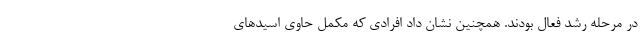
در مرحله رشد فعال بودند. همچنین نشان داد افرادی که مکمل حاوی اسیدهای